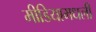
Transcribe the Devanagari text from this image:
मीडियामधली